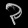
Digit: ၃